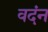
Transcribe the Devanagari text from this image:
वदंन